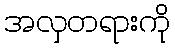
အလှတရားကို